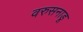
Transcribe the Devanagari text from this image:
वरुसनाडू